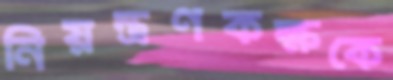
নিয়ন্ত্রণকক্ষকে